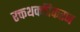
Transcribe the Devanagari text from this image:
रक्तथक्कीकरण